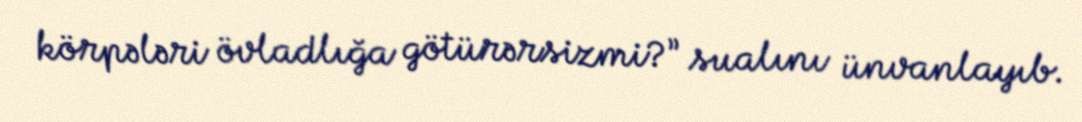
körpələri övladlığa götürərsizmi?” sualını ünvanlayıb.